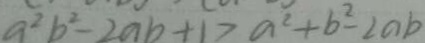
a ^ { 2 } b ^ { 2 } - 2 a b + 1 > a ^ { 2 } + b ^ { 2 } - 2 a b